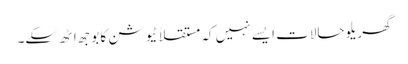
گھریلو حالات ایسے نہیں کہ مستقلاً ٹیوشن کا بوجھ اٹھ سکے۔